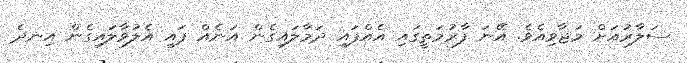
ސަލާރުއަށް މަޖާވިއެވެ. އޭނަ ފާރުމަތީގައި އެއްފައި ދަމާލައިގެން އަނެއް ފައި އެލުވާލައިގެން އިނދެ